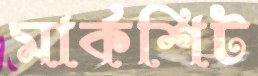
মার্কশিট